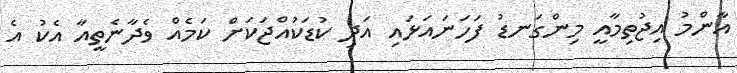
އާންމު އިޖުތިމާއީ މިންގަނޑު ފަހަނައަޅައި އަދި ކުޑަކުއްޖަކަށް ކަމެއް ވެދާނެތީއާ އެކު އެ